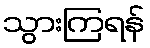
သွားကြရန်